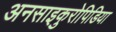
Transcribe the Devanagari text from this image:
अनसाइकुरोपिडिया